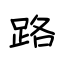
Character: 路